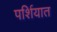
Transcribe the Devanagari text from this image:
पर्शियात